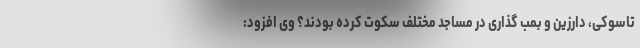
تاسوکی، دارزین و بمب گذاری در مساجد مختلف سکوت کرده بودند؟ وی افزود: